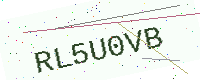
Text: RL5U0VB